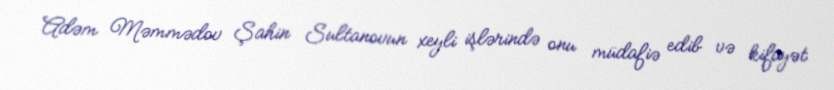
Adəm Məmmədov Şahin Sultanovun xeyli işlərində onu müdafiə edib və kifayət